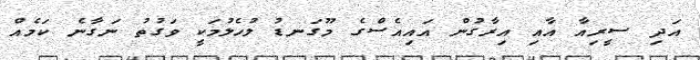
އަދި ސީރިއާ އާއި އިރާގުން އައިއެސްގެ މޫގަނޑު ލުހެލުމަކީ ވަގުތު ނަގާނެ ކަމެއް